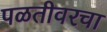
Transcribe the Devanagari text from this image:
पळतीवरचा